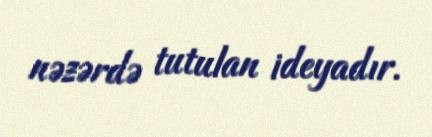
nəzərdə tutulan ideyadır.